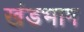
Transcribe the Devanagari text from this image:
खंडभाग